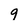
Character: 9